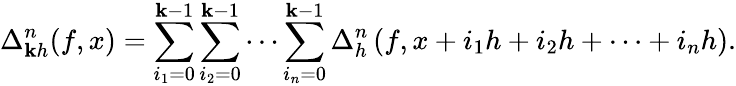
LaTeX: \Delta_{\mathbf{k}h}^{n}(f,x)=\sum_{i_{1}=0}^{\mathbf{k}-1}\sum_{i_{2}=0}^{\mathbf{k}-1}\cdots\sum_{i_{n}=0}^{\mathbf{k}-1}\Delta_{h}^{n}\left(f,x+i_{1}h+i_{2}h+\cdots+i_{n}h\right).